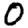
Digit: 0